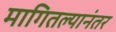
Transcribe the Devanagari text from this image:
मागितल्यानंतर